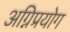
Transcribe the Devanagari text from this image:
अग्निप्रयोग